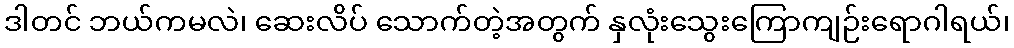
ဒါတင် ဘယ်ကမလဲ၊ ဆေးလိပ် သောက်တဲ့အတွက် နှလုံးသွေးကြောကျဉ်းရောဂါရယ်၊